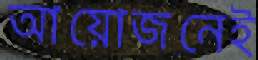
আয়োজনেই